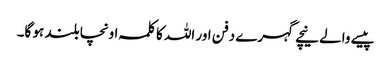
پیسے والے نیچے گہرے دفن اور اللہ کا کلمہ اونچا بلند ہو گا۔